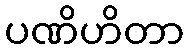
ပဏိဟိတာ